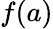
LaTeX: f(a)